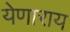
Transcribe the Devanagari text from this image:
येणाराय